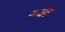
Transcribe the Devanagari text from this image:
रुचत